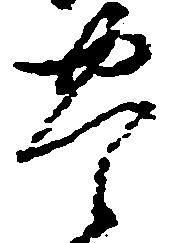
豊